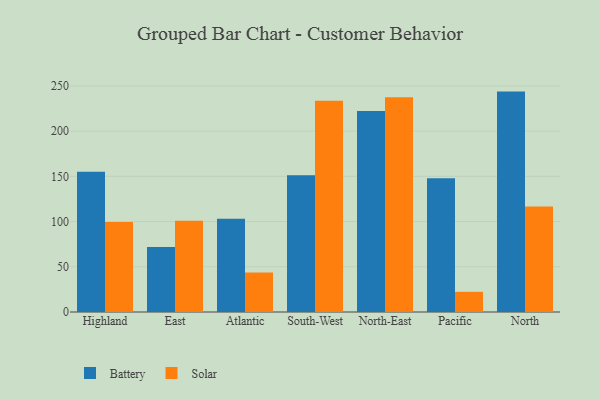
{"axis": {"x": "Region", "y": "Active Users"}, "legend": ["Battery", "Solar"], "data": [{"x": "Highland", "y": 155.0, "type": "Battery"}, {"x": "Highland", "y": 99.5, "type": "Solar"}, {"x": "East", "y": 72.0, "type": "Battery"}, {"x": "East", "y": 101.0, "type": "Solar"}, {"x": "Atlantic", "y": 103.0, "type": "Battery"}, {"x": "Atlantic", "y": 43.7, "type": "Solar"}, {"x": "South-West", "y": 151.2, "type": "Battery"}, {"x": "South-West", "y": 233.5, "type": "Solar"}, {"x": "North-East", "y": 222.3, "type": "Battery"}, {"x": "North-East", "y": 237.4, "type": "Solar"}, {"x": "Pacific", "y": 147.9, "type": "Battery"}, {"x": "Pacific", "y": 22.3, "type": "Solar"}, {"x": "North", "y": 243.7, "type": "Battery"}, {"x": "North", "y": 116.7, "type": "Solar"}]}